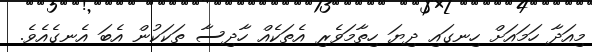
މިއަދާ ހަމައަށް ހިނގައި ދިޔަ ހިތާމަވެރި އެތަކެއް ހާދިސާ ތަކަކުން އެބަ އެނގެއެވެ.